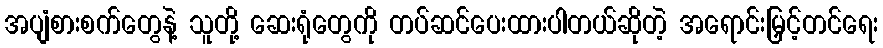
အပျံစားစက်တွေနဲ့ သူတို့ ဆေးရုံတွေကို တပ်ဆင်ပေးထားပါတယ်ဆိုတဲ့ အရောင်းမြှင့်တင်ရေး